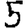
Digit: 5